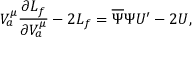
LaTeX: V _ { a } ^ { \mu } \frac { \partial L _ { f } } { \partial V _ { a } ^ { \mu } } - 2 L _ { f } = \overline { { { \Psi } } } \Psi U ^ { \prime } - 2 U ,